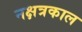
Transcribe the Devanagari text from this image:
नक्षत्रकाल